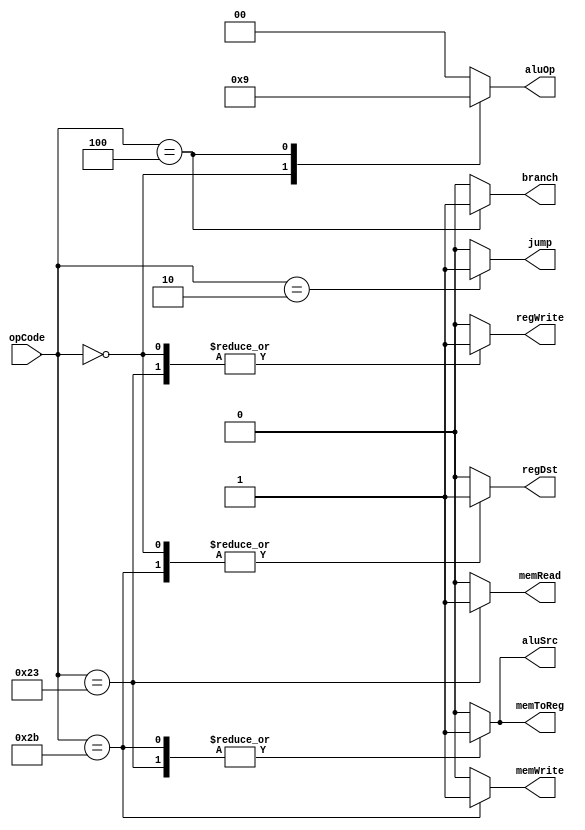
`timescale 1ns / 1ps
//////////////////////////////////////////////////////////////////////////////////
// Company: 
// Engineer: 
// 
// Design Name: 
// Module Name:    Ctr 
// Project Name: 
// Target Devices: 
// Tool versions: 
// Description: 
//
// Dependencies: 
//
// Revision: 
// Revision 0.01 - File Created
// Additional Comments: 
//
//////////////////////////////////////////////////////////////////////////////////
module Ctr(
    input [5:0] opCode,
    output reg regDst,
    output reg aluSrc,
    output reg memToReg,
    output reg regWrite,
    output reg memRead,
    output reg memWrite,
    output reg branch,
    output reg [1:0] aluOp,
    output reg jump
    );
	 
	 always @ (opCode)
	 begin
	 case (opCode)
	     6'b000010:
		  begin
		      regDst = 0;
				aluSrc = 0;
				memToReg = 0;
				regWrite = 0;
				memRead = 0;
				memWrite = 0;
				branch = 0;
				aluOp = 2'b00;
				jump = 1;
        end
			
		  6'b000000:
		  begin
			   regDst = 1;
				aluSrc = 0;
				memToReg = 0;
				regWrite = 1;
				memRead = 0;
				memWrite = 0;
				branch = 0;
				aluOp = 2'b10;
				jump = 0;
		  end
		  
		  6'b100011:
		  begin
			   regDst = 0;
				aluSrc = 1;
				memToReg = 1;
				regWrite = 1;
				memRead = 1;
				memWrite = 0;
				branch = 0;
				aluOp = 2'b00;
				jump = 0;
		  end
			
		  6'b101011:
		  begin
			   regDst = 1;
			   aluSrc = 1;
			   memToReg = 1;
			   regWrite = 0;
			   memRead = 0;
		      memWrite = 1;
			   branch = 0;
			   aluOp = 2'b00;
			   jump = 0;
		  end
			
		  6'b000100:
		  begin
			   regDst = 0;
				aluSrc = 0;
				memToReg = 0;
				regWrite = 0;
				memRead = 0;
				memWrite = 0;
				branch = 1;
				aluOp = 2'b01;
				jump = 0;
		  end

		  default:
		  begin
			   regDst = 0;
				aluSrc = 0;
				memToReg = 0;
				regWrite = 0;
				memRead = 0;
				memWrite = 0;
				branch = 0;
			   aluOp = 2'b00;
				jump = 0;
		  end
		endcase
		end
endmodule